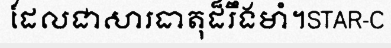
ដែលជាសារធាតុដ៏រឹងមាំ។STAR-C